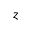
z